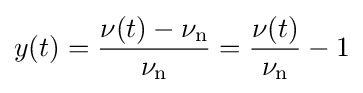
y(t)={\frac {\nu (t)-\nu _{\text{n}}}{\nu _{\text{n}}}}={\frac {\nu (t)}{\nu _{\text{n}}}}-1